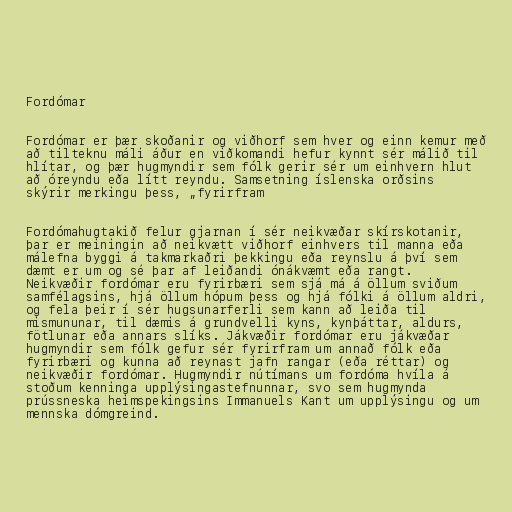
Fordómar

Fordómar er þær skoðanir og viðhorf sem hver og einn kemur með
að tilteknu máli áður en viðkomandi hefur kynnt sér málið til
hlítar, og þær hugmyndir sem fólk gerir sér um einhvern hlut
að óreyndu eða lítt reyndu. Samsetning íslenska orðsins
skýrir merkingu þess, „fyrirfram

Fordómahugtakið felur gjarnan í sér neikvæðar skírskotanir,
þar er meiningin að neikvætt viðhorf einhvers til manna eða
málefna byggi á takmarkaðri þekkingu eða reynslu á því sem
dæmt er um og sé þar af leiðandi ónákvæmt eða rangt.
Neikvæðir fordómar eru fyrirbæri sem sjá má á öllum sviðum
samfélagsins, hjá öllum hópum þess og hjá fólki á öllum aldri,
og fela þeir í sér hugsunarferli sem kann að leiða til
mismununar, til dæmis á grundvelli kyns, kynþáttar, aldurs,
fötlunar eða annars slíks. Jákvæðir fordómar eru jákvæðar
hugmyndir sem fólk gefur sér fyrirfram um annað fólk eða
fyrirbæri og kunna að reynast jafn rangar (eða réttar) og
neikvæðir fordómar. Hugmyndir nútímans um fordóma hvíla á
stoðum kenninga upplýsingastefnunnar, svo sem hugmynda
prússneska heimspekingsins Immanuels Kant um upplýsingu og um
mennska dómgreind.